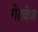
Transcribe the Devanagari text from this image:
गेटवेज